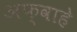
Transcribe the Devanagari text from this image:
अफ्वाहे